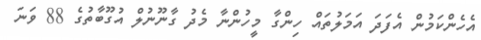
އެހެންކަމުން އެފަދަ އަމަލުތައް ހިންގާ މީހުންނާ މެދު ގާނޫނުލް އުގޫބާތުގެ 88 ވަނަ